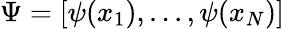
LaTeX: \Psi=[\psi(x_{1}),...,\psi(x_{N})]